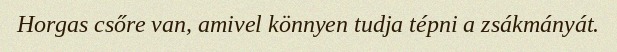
Horgas csőre van, amivel könnyen tudja tépni a zsákmányát.